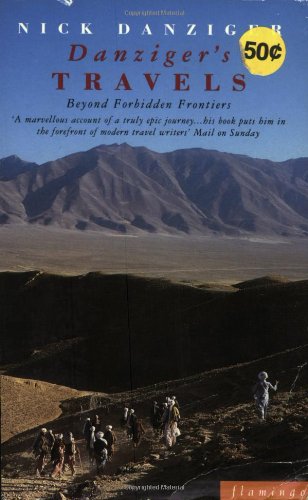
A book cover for Danziger's Travels: Beyond Forbidden Frontiers (Paladin Books); Nick Danziger; Travel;